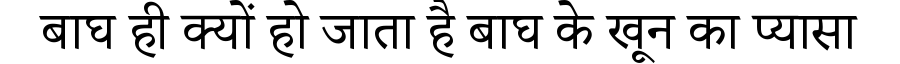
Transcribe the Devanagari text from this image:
बाघ ही क्यों हो जाता है बाघ के खून का प्यासा